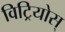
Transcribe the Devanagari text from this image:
विट्रियोस्